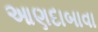
આણદાબાવા